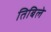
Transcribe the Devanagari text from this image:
तिबिले